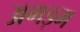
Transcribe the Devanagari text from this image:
अगड़म